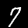
Digit: 7